Civil Veterinary Dept. Bombay admin report 1907-1913 - 1907-1913
Year: 1907
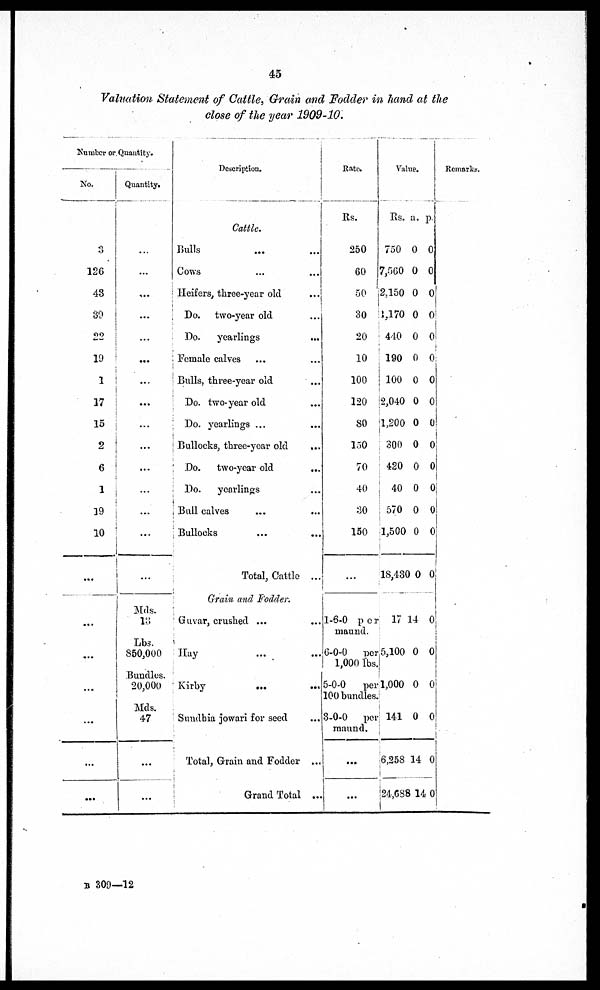
45
Valuation Statement of Cattle, Grain and Fodder in hand at the
close of the year 1909-10.
Number or. Quantity.
No.
3
126
48
39
22
19
1
17
15
2
6
1
19
10
...
...
...
...
...
...
...
Quantity.
...
...
...
...
...
...
...
...
...
...
...
...
...
...
Mds.
13
Lbs.
850,000
Bundles.
20,000
Mds.
47
...
Description.
Cattle.
Bulls ... ...
Cows ... ...
Heifers, three-year old ...
Do. two-year old ...
Do.
yearlings ...
Female calves ... ...
Bulls, three-year old ...
Do. two-year old ...
Do. yearlings ... ...
Bullocks, three-year old ...
Do.
two-year old ...
Do.
yearlings ...
Bull calves ...
Bullocks ...
Total, Cattle ...
Grain and Fodder.
Guvar, crushed ... ...
Hay ... ...
Kirby
...
...
Sundbia jowari for seed ...
Total, Grain and Fodder ...
Grand Total ...
Rate.
Rs.
250
60
50
30
20
10
100
120
80
150
70
40
30
150
...
1-6-0
per
maund.
6-0-0
-per
1,000 lbs.
5-0-0
per
100 bundles.
3-0-0
per
maund.
...
...
Value.
Rs. a. p.
750 0 0
7,560 0 0
2,150 0 0
1,170 0 0
440 0 0
190 0 0
100 0 0
2,040 0 0
|1,200 0 0
300 0 0
| 420 0 0
40 0 0
570 0 0
1,500 0 0
18,430 0 0
17 14 0
5,100 0 0
1,000 0 0
141 0 0
6,258 14 0
24,G88 14 0
Remarks.
B 309—12